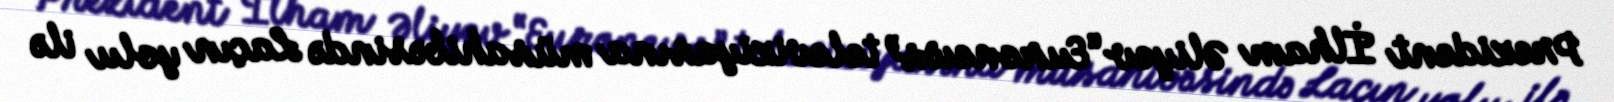
Prezident İlham Əliyev “Euronews” televiziyasına müsahibəsində Laçın yolu ilə